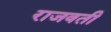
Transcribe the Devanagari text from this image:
राजवती